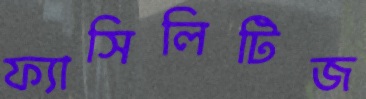
ফ্যাসিলিটিজ